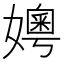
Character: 𪦪